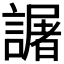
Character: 𧬅